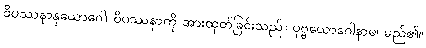
ဝိပဿနာနုယောဂေါ၊ ဝိပဿနာကို အားထုတ်ခြင်းသည်။ ပုဗ္ဗယောဂေါနာမ၊ မည်၏။